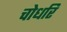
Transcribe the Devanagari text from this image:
चोधरि